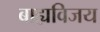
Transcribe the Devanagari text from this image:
बाह्यविजय